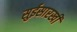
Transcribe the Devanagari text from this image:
सुईसारखी